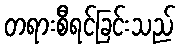
တရားစီရင်ခြင်းသည်